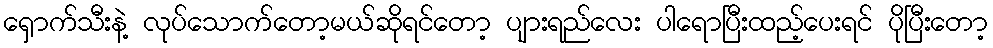
ရှောက်သီးနဲ့ လုပ်သောက်တော့မယ်ဆိုရင်တော့ ပျားရည်လေး ပါရောပြီးထည့်ပေးရင် ပိုပြီးတော့